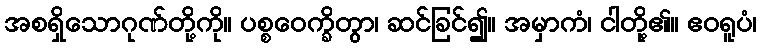
အစရှိသောဂုဏ်တို့ကို။ ပစ္စဝေက္ခိတွာ၊ ဆင်ခြင်၍။ အမှာကံ၊ ငါတို့၏။ ဧဝရူပံ၊